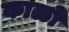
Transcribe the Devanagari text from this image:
काळो